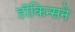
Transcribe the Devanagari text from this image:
हॉकिन्सने